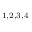
^ { 1 , 2 , 3 , 4 }